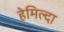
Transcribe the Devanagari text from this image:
हेमिल्दा